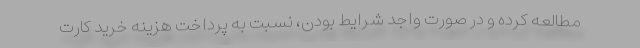
مطالعه کرده و در صورت واجد شرایط بودن، نسبت به پرداخت هزینه خرید کارت